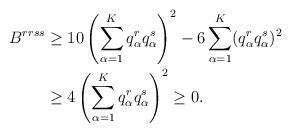
LaTeX: \begin{align*}B^{rrss}\geq{}&10\left( \sum_{\alpha=1}^K q_\alpha^r q_\alpha^s \right)^2- 6\sum_{\alpha=1}^K (q_\alpha^r q_\alpha^s)^2\\\geq {}&4\left( \sum_{\alpha=1}^K q_\alpha^r q_\alpha^s \right)^2\geq 0.\end{align*}